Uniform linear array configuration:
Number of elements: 64
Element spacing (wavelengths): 0.5
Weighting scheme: kaiser
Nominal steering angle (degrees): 60
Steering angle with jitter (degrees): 60.007
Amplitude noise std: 0.05
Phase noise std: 0.05

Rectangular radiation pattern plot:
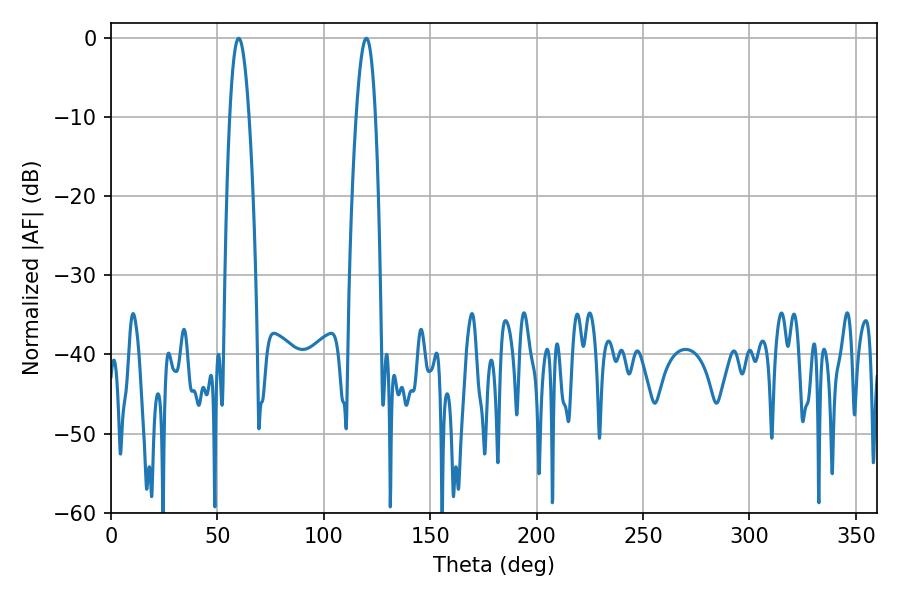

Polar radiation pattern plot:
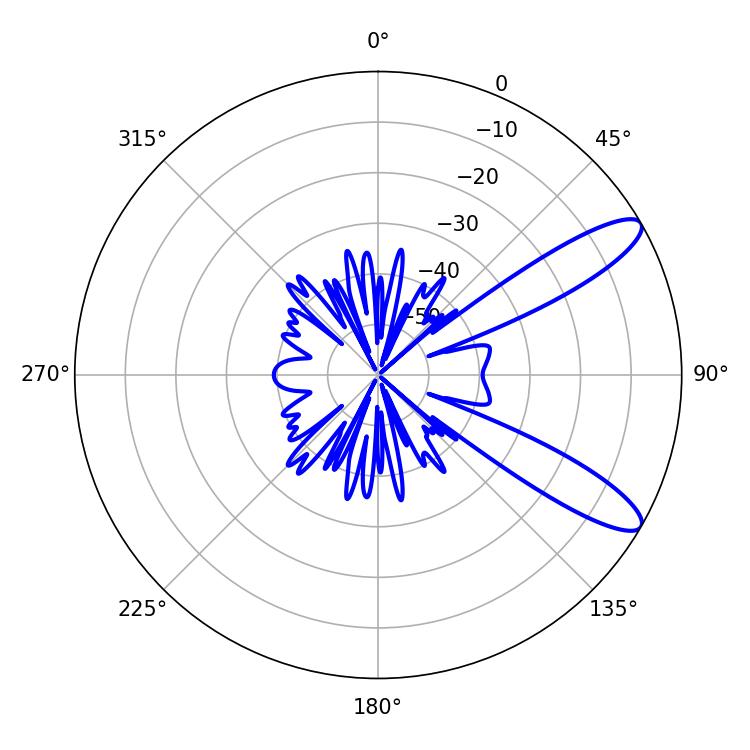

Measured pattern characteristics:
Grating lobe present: FALSE
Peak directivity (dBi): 10.877
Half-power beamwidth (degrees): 5.04
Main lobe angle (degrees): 59.94